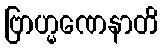
ဗြာဟ္မဏေနာတိ